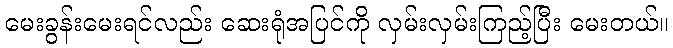
မေးခွန်းမေးရင်လည်း ဆေးရုံအပြင်ကို လှမ်းလှမ်းကြည့်ပြီး မေးတယ်။